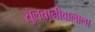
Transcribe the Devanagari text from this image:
सुलतानीवालाला